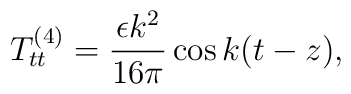
T^{(4)}_{tt}=\frac{\epsilon k^2}{16\pi}\cos k(t-z) ,